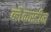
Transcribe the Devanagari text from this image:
ब्लैकस्टीन